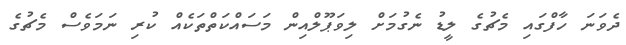
ދެވަނަ ހާފްގައި މެޗުގެ ލީޑު ނެގުމަށް ލިވަޕޫލްއިން މަސައްކަތްތަކެއް ކުރި ނަމަވެސް މެޗުގެ